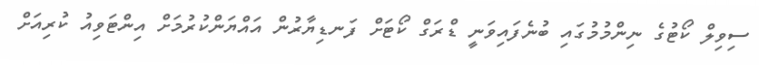
ސިވިލް ކޯޓުގެ ނިންމުމުގައި ބުނެފައިވަނީ ޑްރަގް ކޯޓަށް ފަނޑިޔާރުން އައްޔަންކުރުމަށް އިންޓަވިއު ކުރިއަށް